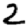
Digit: 2